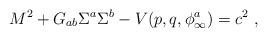
LaTeX: \begin{align*}M^2 + G_{ab} \Sigma ^a \Sigma ^b - V(p,q, \phi^a_{\infty} ) = c^2 \ ,\end{align*}